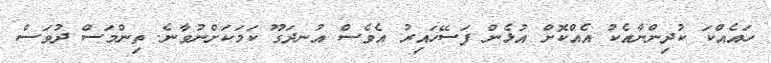
ހައެއްކަ ކުދިންނާއެކު އެއްކޮށް އުޅެން ފަސޭހައިރު އެވެސް އުނދަގޫ ކަމަކަށްނުވާނެ. ތިންމަސް ދުވަސް